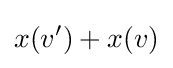
x(v')+x(v)